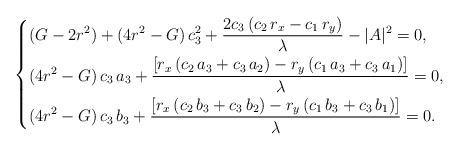
LaTeX: \begin{align*}\left\{\begin{aligned}&(G-2r^2)+(4r^2-G)\,c_3^2+\frac{2c_3\,(c_2\,r_x-c_1\,r_y)}{\lambda}-|A|^2=0,\\&(4r^2-G)\,c_3\,a_3+\frac{[r_x\,(c_2\,a_3+c_3\,a_2)-r_y\,(c_1\,a_3+c_3\,a_1)]}{\lambda}=0,\\&(4r^2-G)\,c_3\,b_3+\frac{[r_x\,(c_2\,b_3+c_3\,b_2)-r_y\,(c_1\,b_3+c_3\,b_1)]}{\lambda}=0.\\\end{aligned}\right.\end{align*}